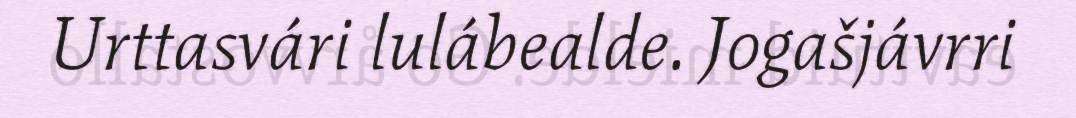
Urttasvári lulábealde. Jogašjávrri